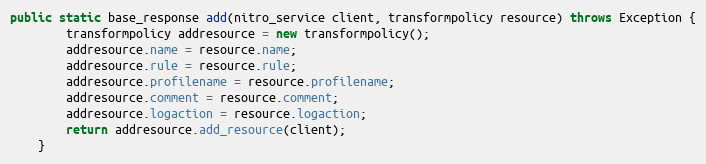
Language: Java
public static base_response add(nitro_service client, transformpolicy resource) throws Exception {
		transformpolicy addresource = new transformpolicy();
		addresource.name = resource.name;
		addresource.rule = resource.rule;
		addresource.profilename = resource.profilename;
		addresource.comment = resource.comment;
		addresource.logaction = resource.logaction;
		return addresource.add_resource(client);
	}